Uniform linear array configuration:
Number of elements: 16
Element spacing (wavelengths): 0.75
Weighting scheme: kaiser
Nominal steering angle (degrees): -15
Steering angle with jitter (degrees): -16.887
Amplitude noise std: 0.05
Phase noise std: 0.05

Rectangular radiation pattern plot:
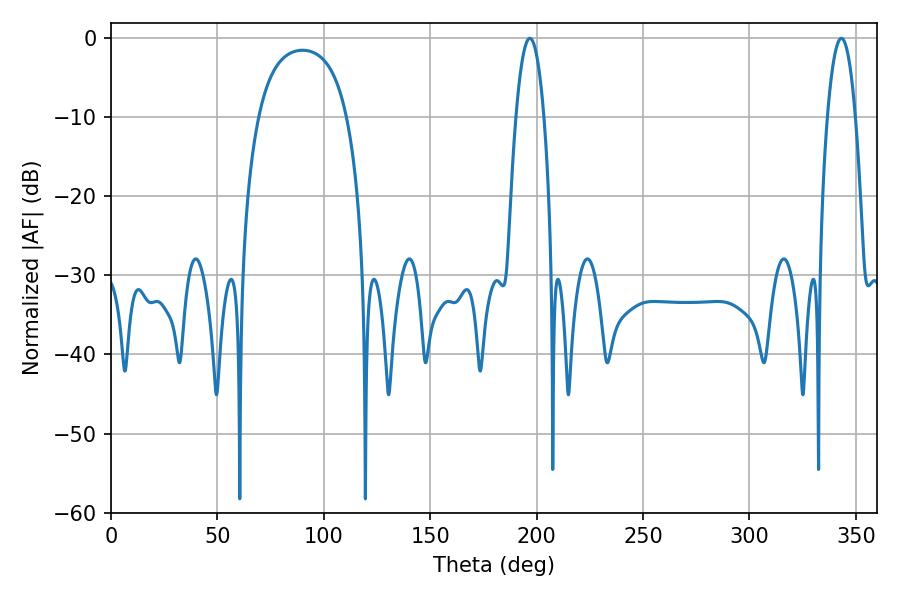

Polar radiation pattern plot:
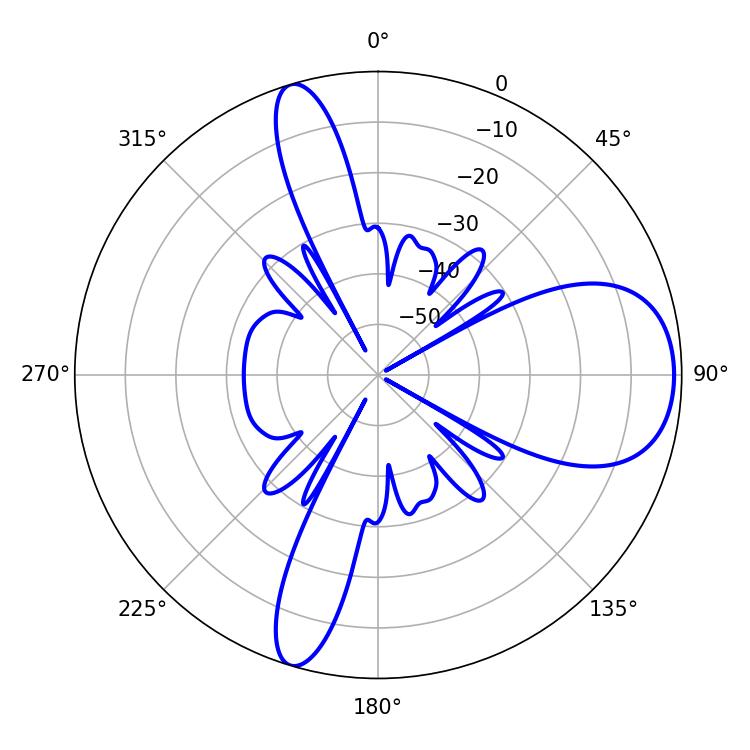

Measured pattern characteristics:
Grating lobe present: TRUE
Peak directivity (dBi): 8.779
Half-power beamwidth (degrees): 7.38
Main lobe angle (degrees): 196.74